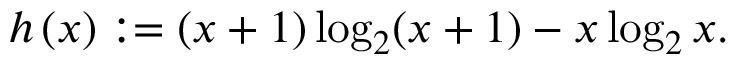
h \left( x \right) : = ( x + 1 ) \log _ { 2 } ( x + 1 ) - x \log _ { 2 } x .